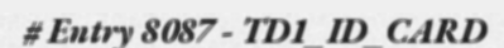
# Entry 8087 - TD1_ID_CARD